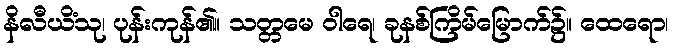
နိလီယိံသု၊ ပုန်းကုန်၏။ သတ္တမေ ဝါရေ၊ ခုနစ်ကြိမ်မြောက်၌။ ထေရော၊